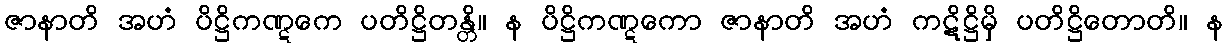
ဇာနာတိ အဟံ ပိဋ္ဌိကဏ္ဋကေ ပတိဋ္ဌိတန္တိ။ န ပိဋ္ဌိကဏ္ဋကော ဇာနာတိ အဟံ ကဋိဋ္ဌိမှိ ပတိဋ္ဌိတောတိ။ န